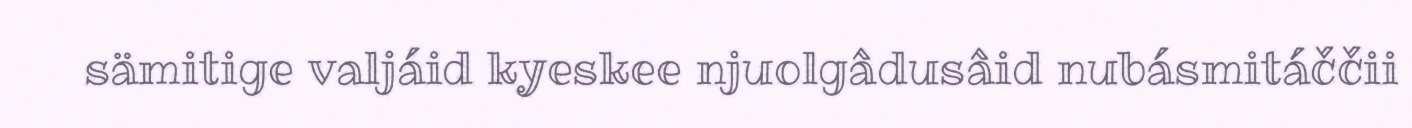
sämitige valjáid kyeskee njuolgâdusâid nubásmitáččii